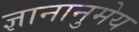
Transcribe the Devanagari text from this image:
ज्ञानानुमेय